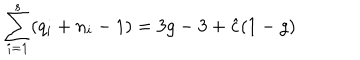
LaTeX: \sum _ { i = 1 } ^ { s } ( q _ { i } + n _ { i } - 1 ) = 3 g - 3 + { \hat { c } } ( 1 - g )